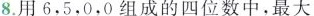
8.用6，5，0，0组成的四位数中，最大